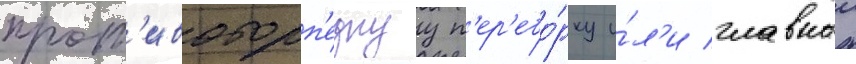
прот'ивоторп'еднуу п'ер'ебо́рку и́л'и главныи